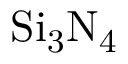
\mathrm { S i _ { 3 } N _ { 4 } }